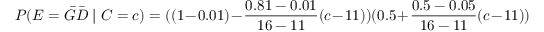
P ( E = { \bar { G } } { \bar { D } } \mid C = c ) = ( ( 1 - 0 . 0 1 ) - { \frac { 0 . 8 1 - 0 . 0 1 } { 1 6 - 1 1 } } ( c - 1 1 ) ) ( 0 . 5 + { \frac { 0 . 5 - 0 . 0 5 } { 1 6 - 1 1 } } ( c - 1 1 ) )